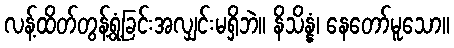
လန့်ထိတ်တွန့်ရွံ့ခြင်းအလျှင်းမရှိဘဲ။ နိသိန္နံ၊ နေတော်မူသော။